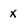
Character: x